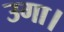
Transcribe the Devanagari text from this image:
उगा।